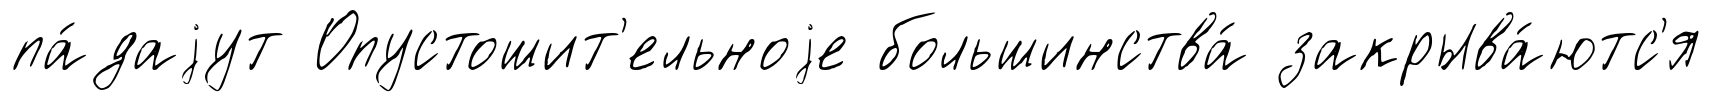
па́даjут Опустошит'ельноjе большинства́ закрыва́ютс'я